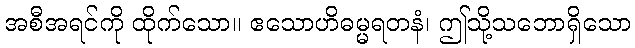
အစီအရင်ကို ထိုက်သော။ ဧသောဟိဓမ္မရတနံ၊ ဤသို့သဘောရှိသော